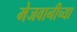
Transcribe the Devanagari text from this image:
मेजवानीच्या